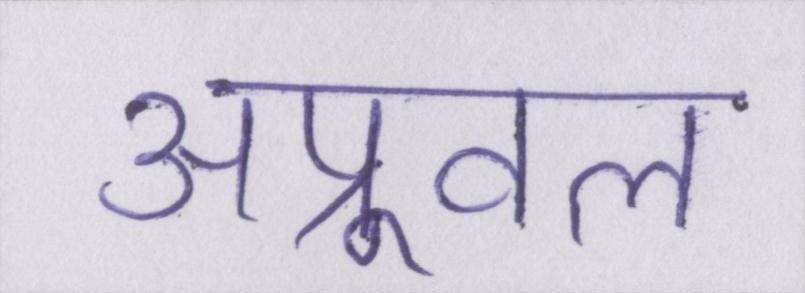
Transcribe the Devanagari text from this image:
अप्रूवल